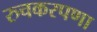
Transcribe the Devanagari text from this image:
रुचकरपणा